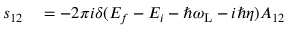
\begin{array} { r l } { s _ { 1 2 } } & { { } = - 2 \pi i \delta ( E _ { f } - E _ { i } - \hbar \omega _ { \mathrm { L } } - i \hbar \eta ) A _ { 1 2 } } \end{array}